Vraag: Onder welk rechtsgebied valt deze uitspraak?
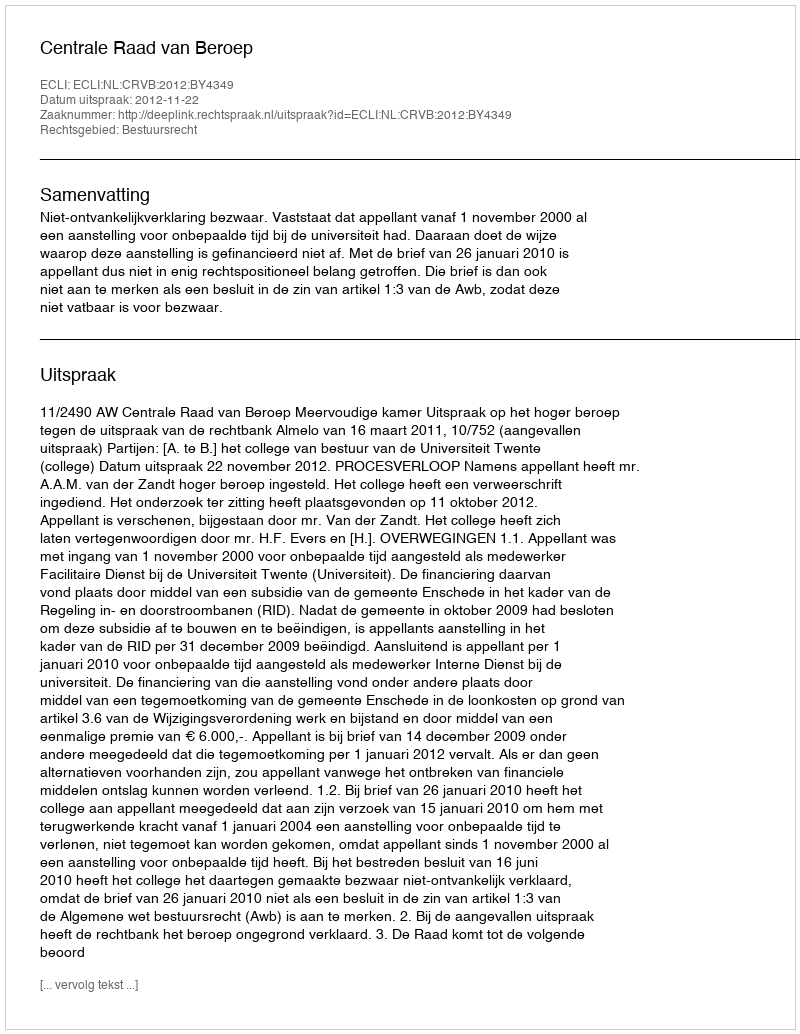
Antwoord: Bestuursrecht